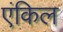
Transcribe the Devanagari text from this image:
एंकिल